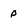
Character: P